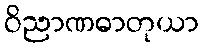
ဝိညာဏဓာတုယာ